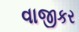
વાજીકર